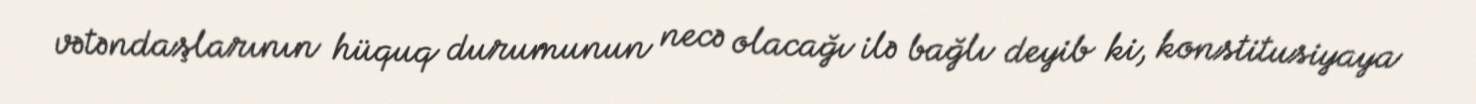
vətəndaşlarının hüquq durumunun necə olacağı ilə bağlı deyib ki, konstitusiyaya